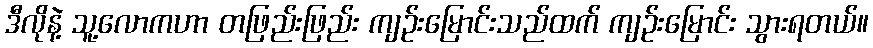
ဒီလိုနဲ့ သူ့လောကဟာ တဖြည်းဖြည်း ကျဉ်းမြောင်းသည်ထက် ကျဉ်းမြောင်း သွားရတယ်။